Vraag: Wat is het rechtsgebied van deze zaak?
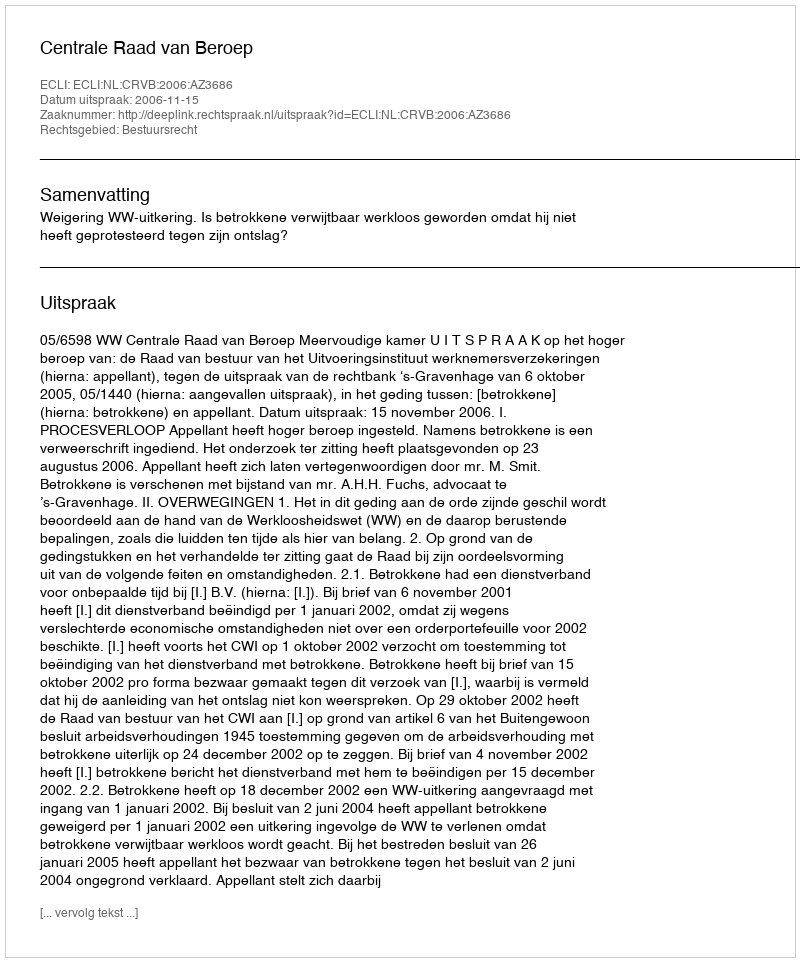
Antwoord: Bestuursrecht